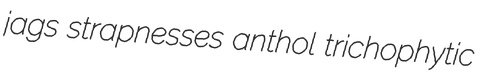
jags strapnesses anthol trichophytic